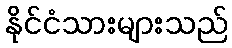
နိုင်ငံသားများသည်